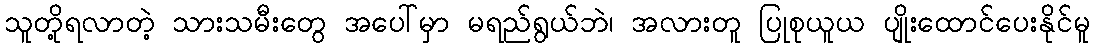
သူတို့ရလာတဲ့ သားသမီးတွေ အပေါ်မှာ မရည်ရွယ်ဘဲ၊ အလားတူ ပြုစုယူယ ပျိုးထောင်ပေးနိုင်မူ